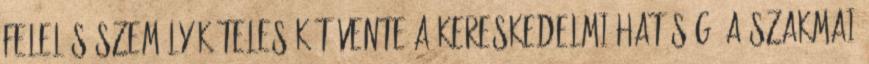
felelős személy köteles kétévente a kereskedelmi hatóság, a szakmai